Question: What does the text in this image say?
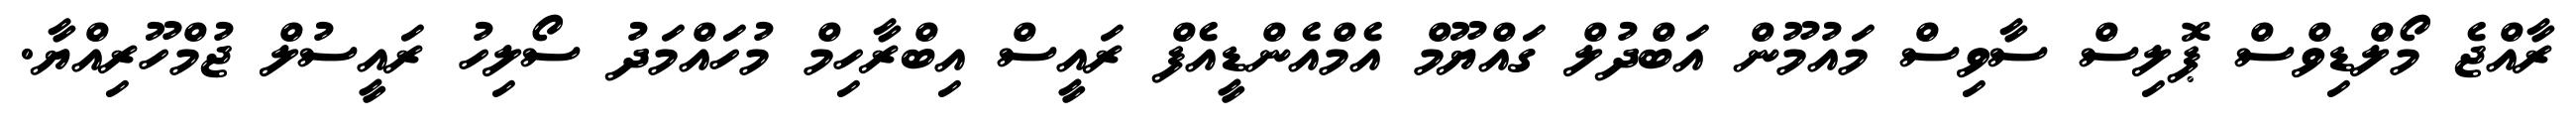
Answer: ރާއްޖެ މޯލްޑިވްސް ޕޮލިސް ސާވިސް މައުމޫން އަބްދުލް ގައްޔޫމް އެމްއެންޑީއެފް ރައީސް އިބްރާހިމް މުހައްމަދު ސޯލިހު ރައީސުލް ޖުމްހޫރިއްޔާ.